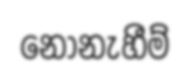
නොනැහීම්